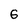
Character: 6